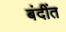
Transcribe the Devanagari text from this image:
बंदींत